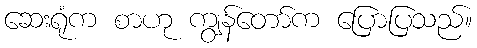
ဆေးရုံက စာဟု ကျွန်တော်က ပြောပြသည်။